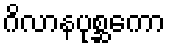
ဂိလာနပုစ္ဆကော